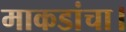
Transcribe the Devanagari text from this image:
माकडांचा।